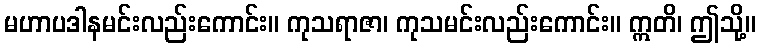
မဟာပဒါနမင်းလည်းကောင်း။ ကုသရာဇာ၊ ကုသမင်းလည်းကောင်း။ ဣတိ၊ ဤသို့။